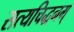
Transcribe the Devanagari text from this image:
सत्यचिद्धनम्